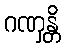
ဂဏှန္တိ